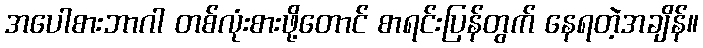
အပေါစားဘာဂါ တစ်လုံးစားဖို့တောင် စာရင်းပြန်တွက် နေရတဲ့အချိန်။